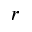
\boldsymbol { r }